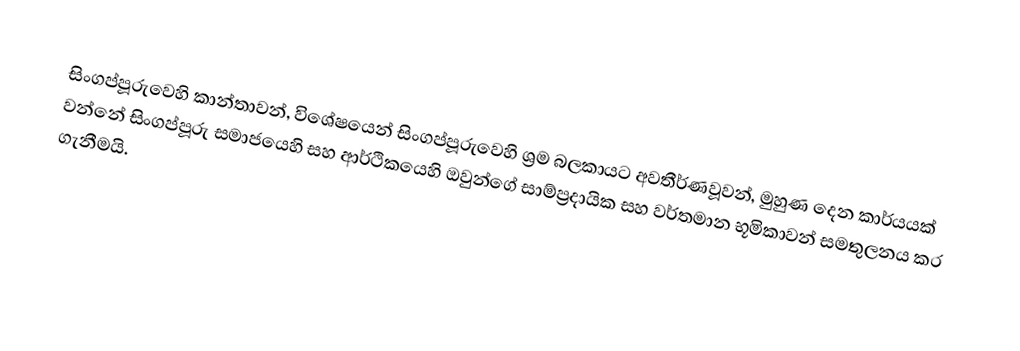
සිංගප්පූරුවෙහි කාන්තාවන්, විශේෂයෙන්  සිංගප්පූරුවෙහි ශ්‍රම බලකායට අවතීර්ණවූවන්, මුහුණ දෙන කාර්යයක් වන්නේ සිංගප්පූරු සමාජයෙහි සහ ආර්ථිකයෙහි ඔවුන්ගේ සාම්ප්‍රදායික සහ වර්තමාන භූමිකාවන් සමතුලනය කර ගැනීමයි.